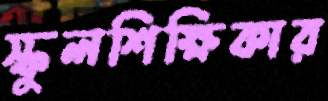
স্কুলশিক্ষিকার